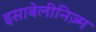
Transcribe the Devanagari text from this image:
इसाबेलीनिज़्म